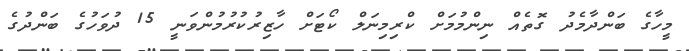
މީހާގެ ބަންދާމެދު ގޮތެއް ނިންމުމަށް ކްރިމިނަލް ކޯޓަށް ހާޒިރުކުރުމުންވަނީ 15 ދުވަހުގެ ބަންދުގެ